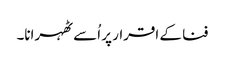
فنا کے اقرار پر اُسے ٹھہرانا۔